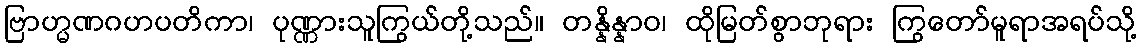
ဗြာဟ္မဏဂဟပတိကာ၊ ပုဏ္ဏားသူကြွယ်တို့သည်။ တန္နိန္နာဝ၊ ထိုမြတ်စွာဘုရား ကြွတော်မူရာအရပ်သို့